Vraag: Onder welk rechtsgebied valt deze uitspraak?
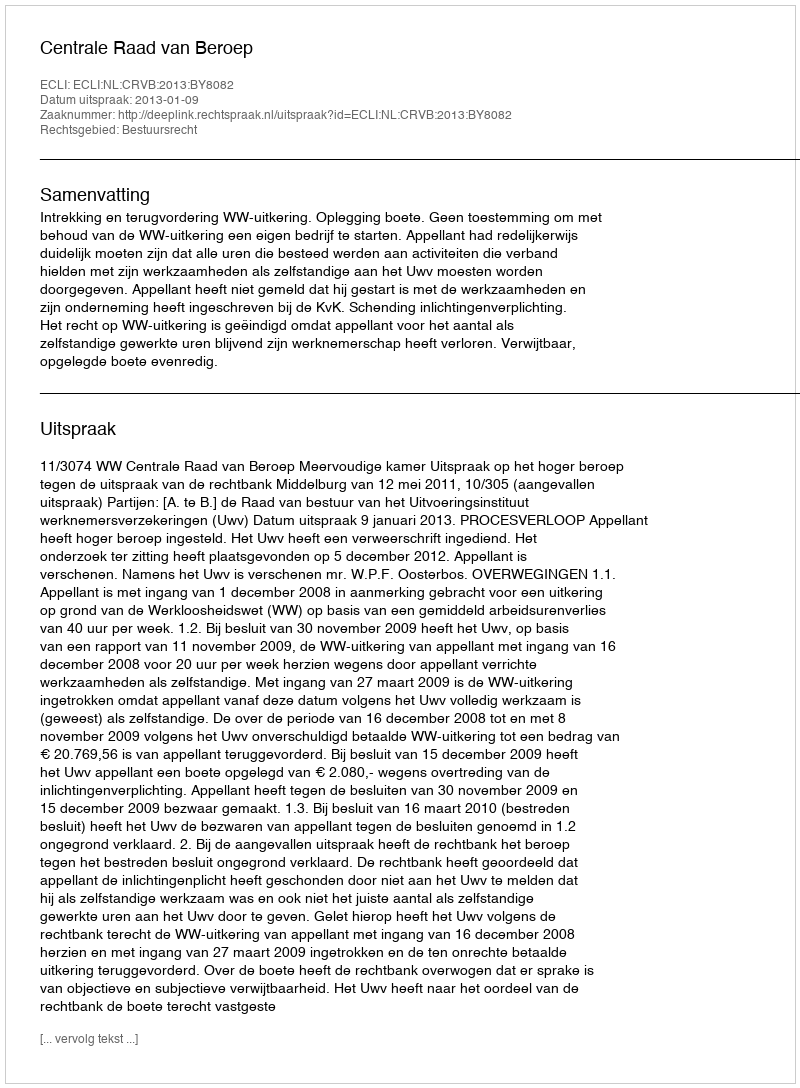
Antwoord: Bestuursrecht